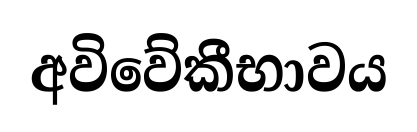
අවිවේකීභාවය